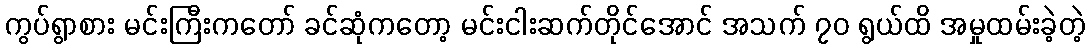
ကွပ်ရွာစား မင်းကြီးကတော် ခင်ဆုံကတော့ မင်းငါးဆက်တိုင်အောင် အသက် ၇၀ ရွယ်ထိ အမှုထမ်းခဲ့တဲ့